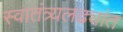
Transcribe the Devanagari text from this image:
स्वातंत्र्यलढ्यांत